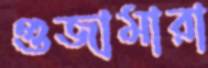
গুজামারা